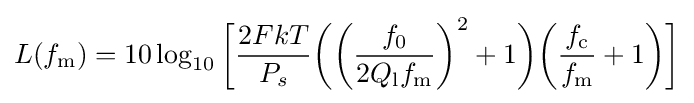
L(f_{\text{m}})=10\log _{10}{\bigg [}{\frac {2FkT}{P_{s}}}{\bigg (}{\bigg (}{\frac {f_{0}}{2Q_{\text{l}}f_{\text{m}}}}{\bigg )}^{2}+1{\bigg )}{\bigg (}{\frac {f_{\text{c}}}{f_{\text{m}}}}+1{\bigg )}{\bigg ]}